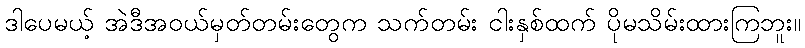
ဒါပေမယ့် အဲဒီအဝယ်မှတ်တမ်းတွေက သက်တမ်း ငါးနှစ်ထက် ပိုမသိမ်းထားကြဘူး။